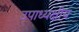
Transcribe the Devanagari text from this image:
उपाध्यक्षीय